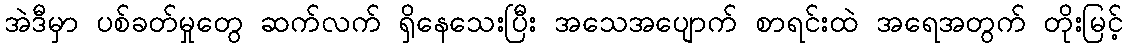
အဲဒီမှာ ပစ်ခတ်မှုတွေ ဆက်လက် ရှိနေသေးပြီး အသေအပျောက် စာရင်းထဲ အရေအတွက် တိုးမြင့်